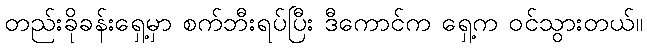
တည်းခိုခန်းရှေ့မှာ စက်ဘီးရပ်ပြီး ဒီကောင်က ရှေ့က ဝင်သွားတယ်။